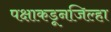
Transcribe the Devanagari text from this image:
पक्षाकडूनजिल्हा